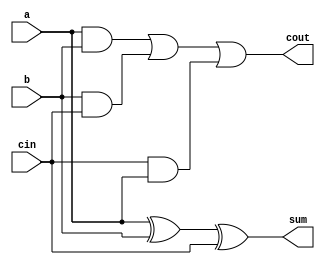
// 3. Write a verilog code for a full adder using data flow abstraction and verify using testbench.

module full_adder (input a, b, cin,
  output wire sum, cout
  
);

  assign sum = a ^ b ^ cin;
  assign cout = (a&b) | (b&cin) | (cin&a);

endmodule


module full_adder_tb (
  
);

reg a, b, cin;
wire sum, cout;
integer i;

full_adder DUT (a, b, cin, sum, cout);

initial
begin
  a = 1'b0;
  b = 1'b0;
  cin = 1'b0;
end


initial
begin
for (i = 0; i < 8; i = i + 1) begin
  {a,b,cin} = i;
  #10;

end
end

initial $monitor( " Input a = %d, b = %d, cin = %d; Output Sum = %d, cout = %d", a,b,cin,sum,cout);

initial #100 $finish;
  

endmodule